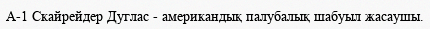
A-1 Скайрейдер Дуглас - американдық палубалық шабуыл жасаушы.